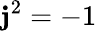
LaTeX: \mathbf{j}^{2}=-1